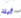
أبنة